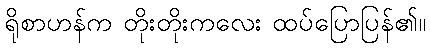
ရိုစာဟန်က တိုးတိုးကလေး ထပ်ပြောပြန်၏။